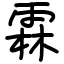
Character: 霖